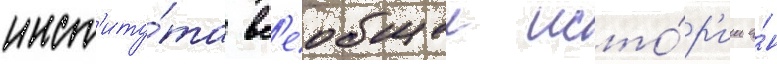
инст'иту́та вс'еобщеи исто́р'ии а́н